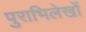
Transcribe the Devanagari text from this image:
पुराभिलेखों